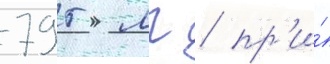
795 мг / пр'и́